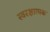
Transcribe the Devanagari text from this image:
स्वरक्षात्मक